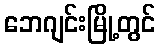
ဘေဂျင်းမြို့တွင်